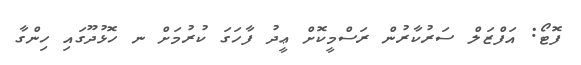
ފޮޓޯ: އަފްޒަލް ސަރުކާރުން ރަސްމީކޮށް ޢީދު ފާހަގަ ކުރުމަށް ނ ހޮޅުދޫގައި ހިންގާ